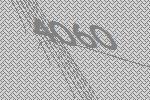
4060